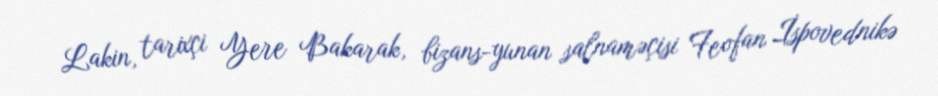
Lakin, tarixçi Yere Bakarak, bizans-yunan salnaməçisi Feofan İspovednikə